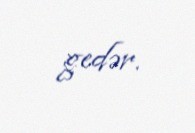
gedər.